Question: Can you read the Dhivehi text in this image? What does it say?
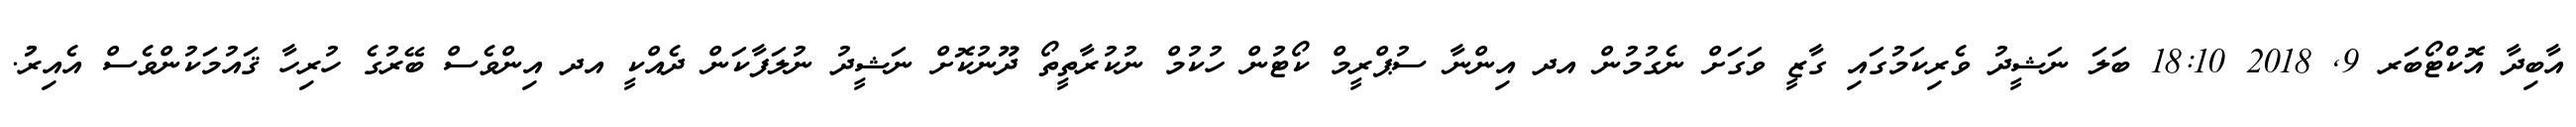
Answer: އާބިދާ އޮކްޓޯބަރ 9, 2018 18:10 ބަލަ ނަޝީދު ވެރިކަމުގައި ގާޒީ ވަގަށް ނެގުމުން އދ އިންނާ ސުޕްރީމް ކޯޓުން ހުކުމް ނުކުރާތީތޯ ދޫނުކޮށް ނަޝީދު ނުލަފާކަން ދެއްކީ އދ އިންވެސް ބޭރުގެ ހުރިހާ ޤައުމަކުންވެސް އެއިރުު.